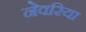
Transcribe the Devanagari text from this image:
नेवरिया